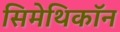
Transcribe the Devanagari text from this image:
सिमेथिकॉन